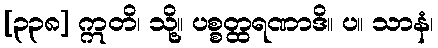
[၃၃၈] ဣတိ၊ သို့။ ပစ္စတ္ထရဏာဒိ။ ပ။ သာနံ၊